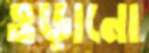
ওড়ানো